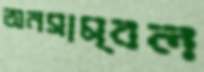
অনসাম্বল